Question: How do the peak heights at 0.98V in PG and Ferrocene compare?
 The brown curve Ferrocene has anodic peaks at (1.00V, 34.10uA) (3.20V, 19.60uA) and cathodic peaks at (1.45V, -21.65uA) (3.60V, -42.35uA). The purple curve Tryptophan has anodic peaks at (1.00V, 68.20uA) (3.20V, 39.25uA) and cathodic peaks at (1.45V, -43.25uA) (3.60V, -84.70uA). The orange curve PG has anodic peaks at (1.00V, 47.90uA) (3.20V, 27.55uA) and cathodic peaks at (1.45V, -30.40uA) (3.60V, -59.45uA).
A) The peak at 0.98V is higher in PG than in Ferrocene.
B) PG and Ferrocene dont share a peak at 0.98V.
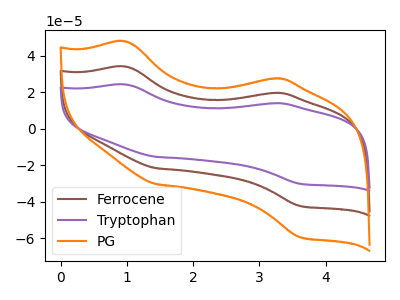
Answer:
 <answer>A) The peak at 0.98V is higher in "PG" than in "Ferrocene".</answer>
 <eval>A</eval>